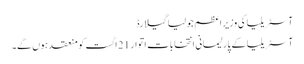
آسٹریلیا کی وزیر اعظم جولیا گیلارڈ
آسٹریلیا کے پارلیمانی انتخابات اتوار 21 اگست کو منعقد ہوں گے۔